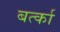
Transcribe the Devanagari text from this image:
बर्त्का